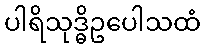
ပါရိသုဒ္ဓိဥပေါသထံ